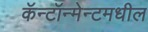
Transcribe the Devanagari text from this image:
कॅन्टॉन्मेन्टमधील